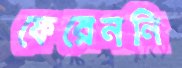
ফেরেননি